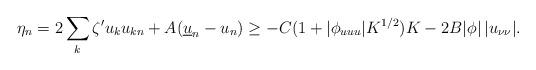
LaTeX: \begin{align*}\eta_n = 2 \sum_{k}\zeta' u_k u_{kn} + A (\underline{u}_n - u_n) \geq - C (1 + |\phi_{uuu}| K^{1/2})K - 2B |\phi|\, |u_{\nu\nu}|.\end{align*}